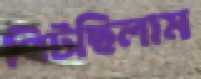
পিটছিলাম